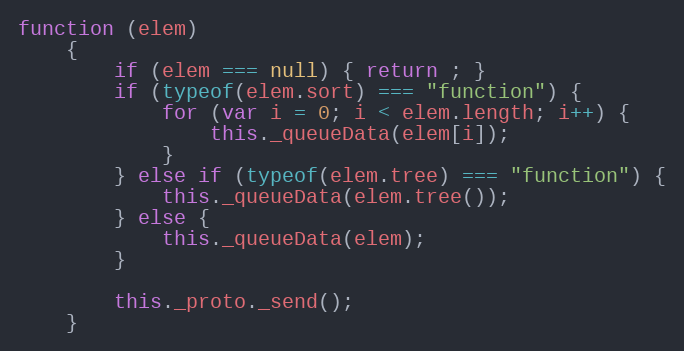
Language: JavaScript
function (elem)
    {
        if (elem === null) { return ; }
        if (typeof(elem.sort) === "function") {
            for (var i = 0; i < elem.length; i++) {
                this._queueData(elem[i]);
            }
        } else if (typeof(elem.tree) === "function") {
            this._queueData(elem.tree());
        } else {
            this._queueData(elem);
        }

        this._proto._send();
    }